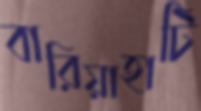
বারিয়াহাটি